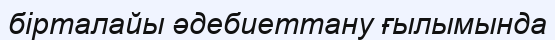
бірталайы әдебиеттану ғылымында